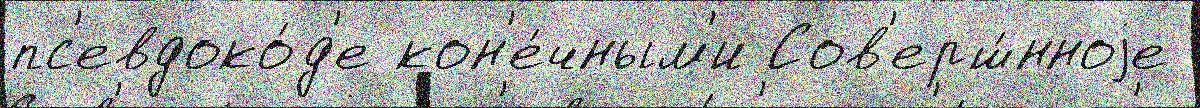
пс'евдоко́д'е кон'е́чным'и Сов'ерш́нноjе